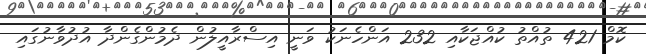
ކޮމް 421 ތުއްތު ކުއްޖަކާއި 232 އަންހެނަކު ވަނީ އިސްރާއީލުން ދެމުންގެންދާ އުދުވާނުގައި